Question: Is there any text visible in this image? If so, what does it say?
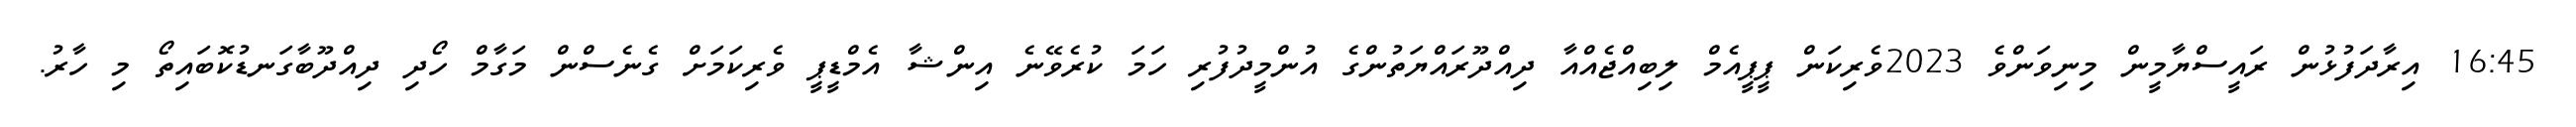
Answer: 16:45 އިރާދަފުޅުން ރައީސްޔާމީން މިނިވަންވެ 2023ވެރިކަން ޕީޕީއެމް ލިބިއްޖެއްއާ ދިއްދޫރައްޔަތުންގެ އުންމީދުފުރި ހަމަ ކުރެވޭނެ އިންޝާ އެމްޑީޕީ ވެރިކަމަށް ގެނެސްން މަގާމް ހޯދި ދިއްދޫބާގަނޑުކޮބައިތޯ މި ހާރު.